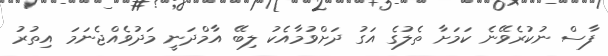
ފާސް ނުކުރެވޭނެ ކަމަށާ ތެލުގެ އަގު ދަށްވުމާއެކު ލިބޭ އާމްދަނީ މަދުވެއްޖެނަމަ އިތުރު